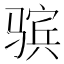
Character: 𱅤